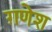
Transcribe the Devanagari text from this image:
ग़णेश